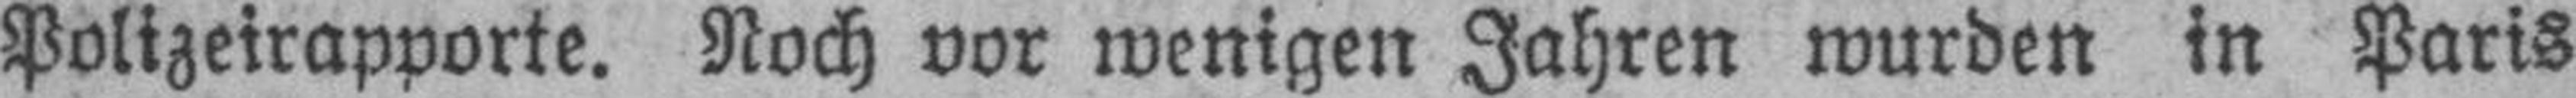
Polizeirapporte. Noch vor wenigen Jahren wurden in Paris